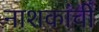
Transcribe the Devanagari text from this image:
नाशकांची